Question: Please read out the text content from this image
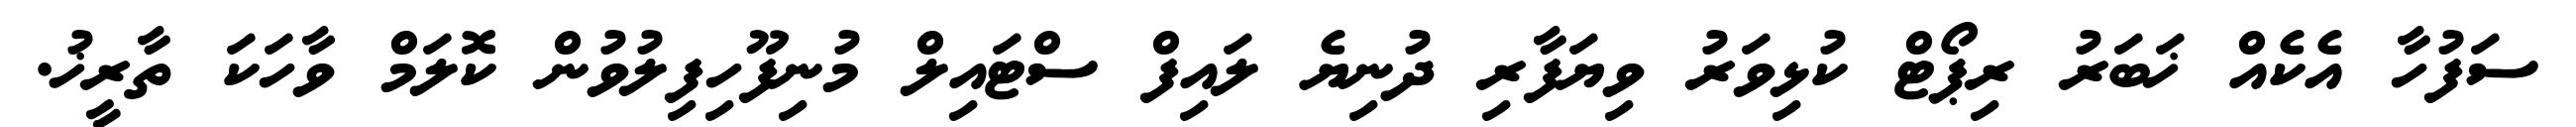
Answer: ސަފުހާ އެކެއް ޚަބަރު ރިޕޯޓް ކުޅިވަރު ވިޔަފާރި ދުނިޔެ ލައިފް ސްޓައިލް މުނިފޫހިފިލުވުން ކޮލަމް ވާހަކަ ތާރީޚު.